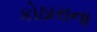
કોઠારાના